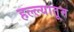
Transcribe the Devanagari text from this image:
हल्ल्यातून